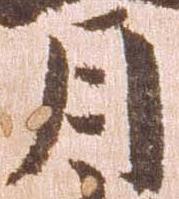
月